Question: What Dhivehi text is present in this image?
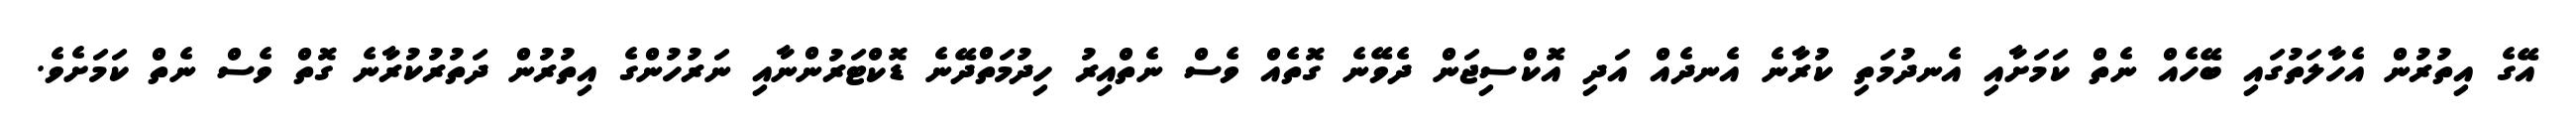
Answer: އޭގެ އިތުރުން އެހާލަތުގައި ބޭހެއް ނެތް ކަމަށާއި އެނދުމަތި ކުރާނެ އެނދެއް އަދި އޮކްސިޖަން ދެވޭނެ ގޮތެއް ވެސް ނެތްއިރު ހިދުމަތްދޭނެ ޑޮކްޓަރުންނާއި ނަރުހުންގެ އިތުރުން ދަތުރުކުރާނެ ގޮތް ވެސް ނެތް ކަމަށެވެ.